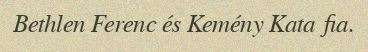
Bethlen Ferenc és Kemény Kata fia.